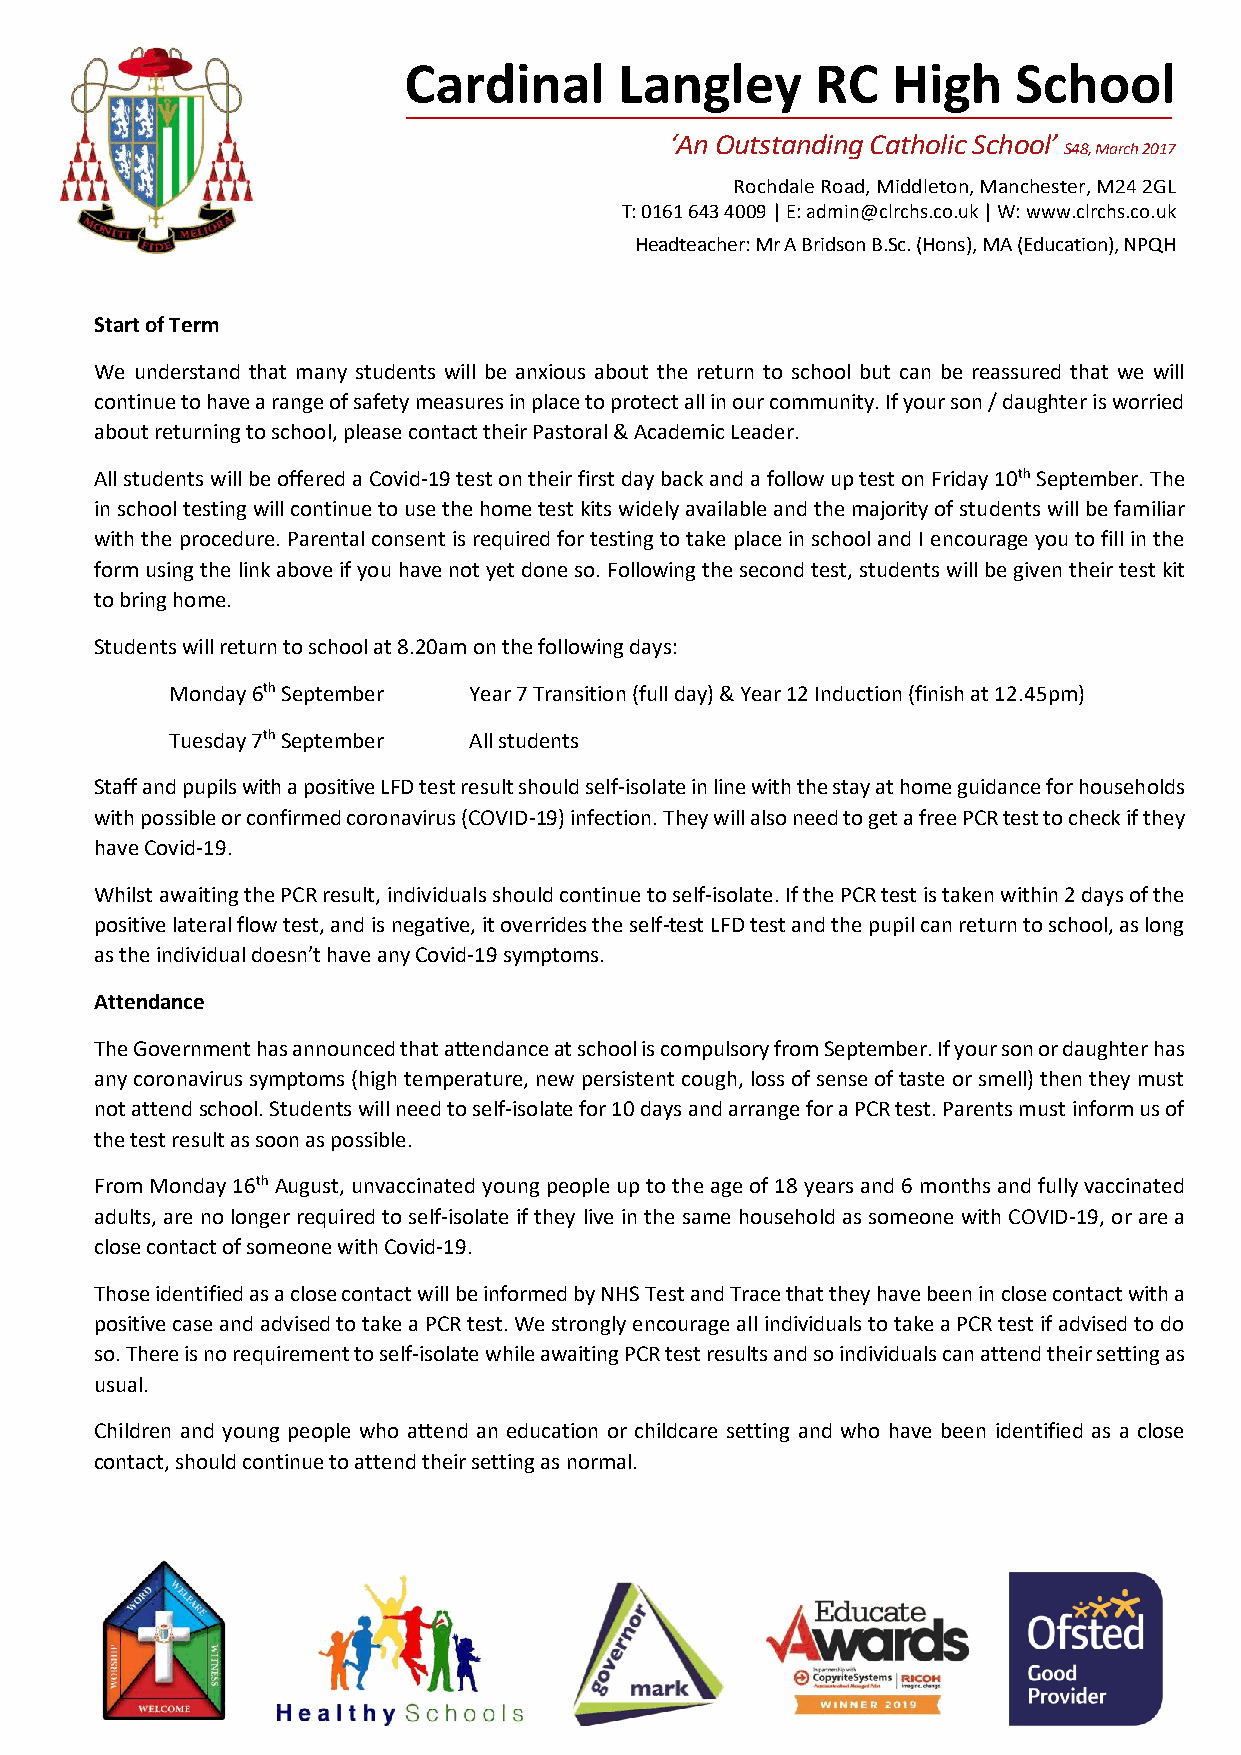
Cardinal      Langley      RC   High    School
 ‘An Outstanding Catholic School’
 S48, March 2017
 Rochdale Road, Middleton, Manchester, M24 2GL
 T: 0161 643 4009 | E: admin@clrchs.co.uk | W: www.clrchs.co.uk
 Headteacher: Mr A Bridson B.Sc. (Hons), MA (Education), NPQH
 Start of Term
 We understand that many students will be anxious about the return to school but can be reassured that we will
 continue to have a range of safety measures in place to protect all in our community. If your son / daughter is worried
 about returning to school, please contact their Pastoral & Academic Leader.
 All students will be offered a Covid-19 test on their first day back and a follow up test on Friday 10th September. The
 in school testing will continue to use the home test kits widely available and the majority of students will be familiar
 with the procedure. Parental consent is required for testing to take place in school and I encourage you to fill in the
 form using the link above if you have not yet done so. Following the second test, students will be given their test kit
 to bring home.
 Students will return to school at 8.20am on the following days:
 Monday 6th September Year 7 Transition (full day) & Year 12 Induction (finish at 12.45pm)
 Tuesday 7th September All students
 Staff and pupils with a positive LFD test result should self-isolate in line with the stay at home guidance for households
 with possible or confirmed coronavirus (COVID-19) infection. They will also need to get a free PCR test to check if they
 have Covid-19.
 Whilst awaiting the PCR result, individuals should continue to self-isolate. If the PCR test is taken within 2 days of the
 positive lateral flow test, and is negative, it overrides the self-test LFD test and the pupil can return to school, as long
 as the individual doesn’t have any Covid-19 symptoms.
 Attendance
 The Government has announced that attendance at school is compulsory from September. If your son or daughter has
 any coronavirus symptoms (high temperature, new persistent cough, loss of sense of taste or smell) then they must
 not attend school. Students will need to self-isolate for 10 days and arrange for a PCR test. Parents must inform us of
 the test result as soon as possible.
 From Monday 16th August, unvaccinated young people up to the age of 18 years and 6 months and fully vaccinated
 adults, are no longer required to self-isolate if they live in the same household as someone with COVID-19, or are a
 close contact of someone with Covid-19.
 Those identified as a close contact will be informed by NHS Test and Trace that they have been in close contact with a
 positive case and advised to take a PCR test. We strongly encourage all individuals to take a PCR test if advised to do
 so. There is no requirement to self-isolate while awaiting PCR test results and so individuals can attend their setting as
 usual.
 Children and young people who attend an education or childcare setting and who have been identified as a close
 contact, should continue to attend their setting as normal.